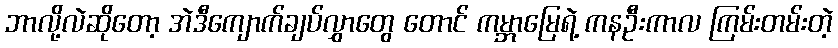
ဘာလို့လဲဆိုတော့ အဲဒီကျောက်ချပ်လွှာတွေ တောင် ကမ္ဘာမြေရဲ့ ကနဦးကာလ ကြမ်းတမ်းတဲ့